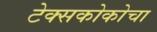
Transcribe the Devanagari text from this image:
टेक्सकोकोचा